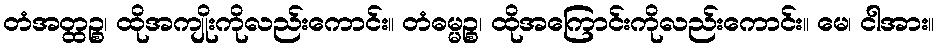
တံအတ္ထဉ္စ၊ ထိုအကျိုးကိုလည်းကောင်း။ တံဓမ္မဉ္စ၊ ထိုအကြောင်းကိုလည်းကောင်း။ မေ၊ ငါအား။